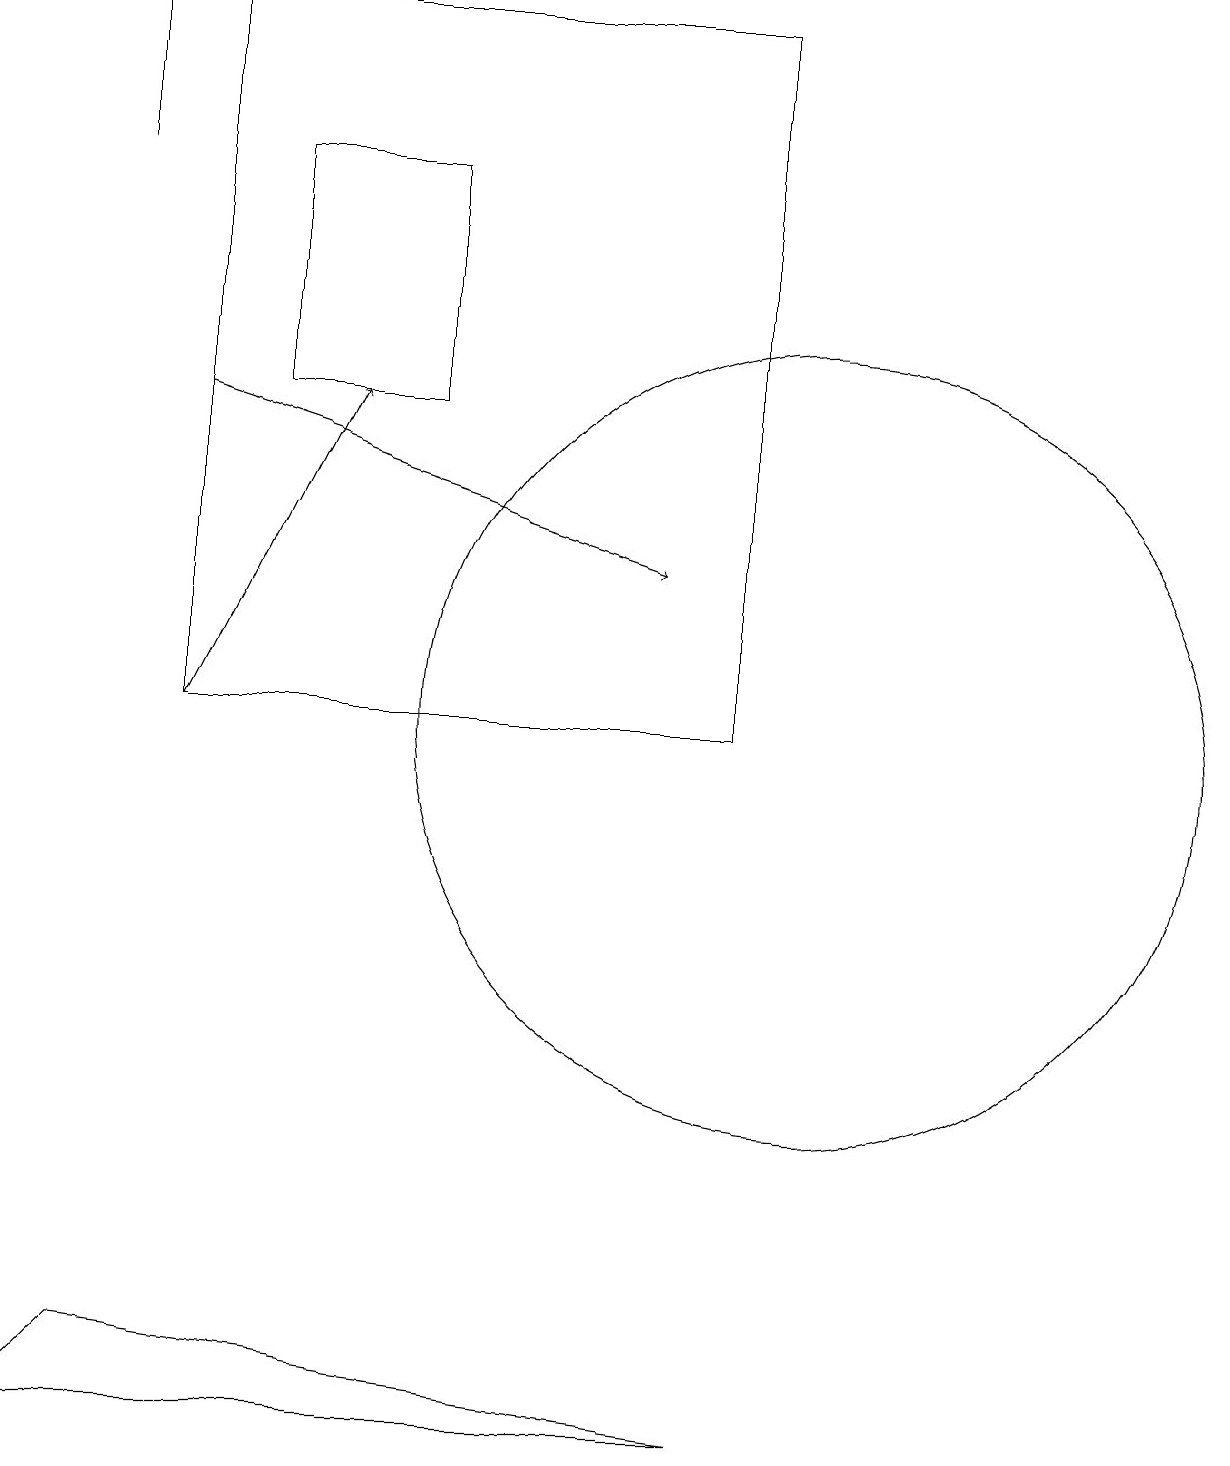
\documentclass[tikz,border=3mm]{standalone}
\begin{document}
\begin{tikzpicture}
\draw (3,14) rectangle (5,17);
\draw (10,10) circle (5);
\draw (0,1) -- (9,1) -- (1,2) -- cycle;
\draw (1,19) rectangle (1,17);
\draw[->] (2,10) -- (4,14);
\draw (2,19) rectangle (9,10);
\draw[->] (2,14) -- (8,12);
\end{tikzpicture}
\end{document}